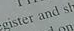
gister and sh